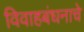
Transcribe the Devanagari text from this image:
विवाहबंधनाचे